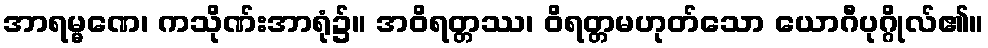
အာရမ္မဏေ၊ ကသိုဏ်းအာရုံ၌။ အဝိရတ္တဿ၊ ဝိရတ္တမဟုတ်သော ယောဂီပုဂ္ဂိုလ်၏။